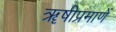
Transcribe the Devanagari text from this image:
ॠषीप्रमाणें